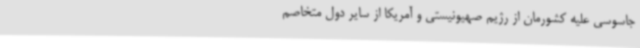
جاسوسی علیه کشورمان از رژیم صهیونیستی و آمریکا از سایر دول متخاصم